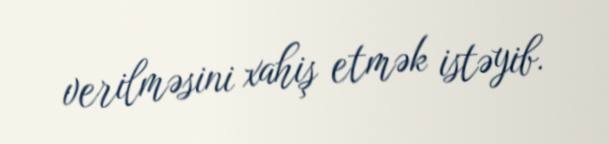
verilməsini xahiş etmək istəyib.